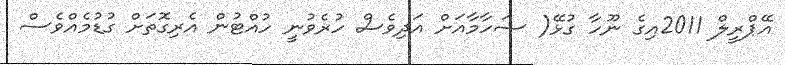
އޭޕްރީލް 2011އިގެ ނޫހާ ގުޅޭ( ޝަހާމާއަށް އަދިވެސް ހުރެވުނީ ހުއްޓުން އެރިގޮތަށް ގުޑުމެއްވެސް